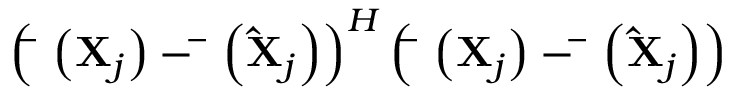
{ \left( { { \bf { \bar { \Phi } } } \left( { { { \bf { X } } _ { j } } } \right) - { \bf { \bar { \Phi } } } \left( { { { { \bf { \hat { X } } } } _ { j } } } \right) } \right) ^ { H } } \left( { { \bf { \bar { \Phi } } } \left( { { { \bf { X } } _ { j } } } \right) - { \bf { \bar { \Phi } } } \left( { { { { \bf { \hat { X } } } } _ { j } } } \right) } \right)